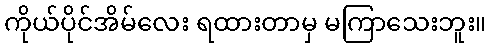
ကိုယ်ပိုင်အိမ်လေး ရထားတာမှ မကြာသေးဘူး။